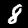
Digit: 8